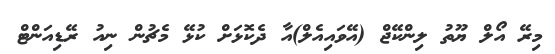
މިރޭ އޯލް ޔޫތު ލިންކޭޖް (އޭވައިއެލް)އާ ދެކޮޅަށް ކުޅޭ މެޗުން ނިއު ރޭޑިއަންޓް